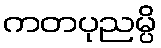
ကတပုညမ္ပိ